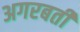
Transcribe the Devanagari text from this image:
अगरबती